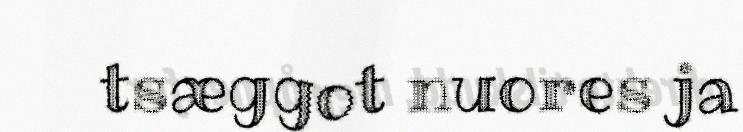
tsæggot nuores ja